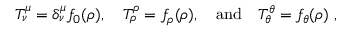
T _ { \nu } ^ { \mu } = \delta _ { \nu } ^ { \mu } f _ { 0 } ( \rho ) , \quad T _ { \rho } ^ { \rho } = f _ { \rho } ( \rho ) , \quad \mathrm { a n d } \quad T _ { \theta } ^ { \theta } = f _ { \theta } ( \rho ) ~ ,